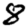
Digit: 8